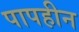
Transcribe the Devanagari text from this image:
पापहीन